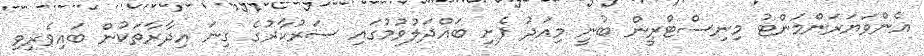
އެންވަޔަރަންމަންޓު މިނިސްޓްރީން ބުނީ މިއަދު ފެށި ބައްދަލުވުމުގައި ސަރުކާރުގެ ގިނަ އިދާރާތަކުން ބައިވެރިވި